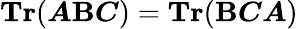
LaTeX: \textbf{Tr}(\boldsymbol{A}\boldsymbol{\textbf{B}}\boldsymbol{C})=\textbf{Tr}(\boldsymbol{\textbf{B}}\boldsymbol{C}\boldsymbol{A})